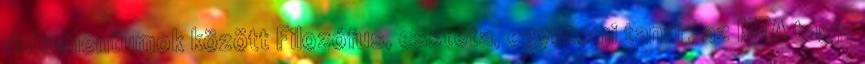
dokumentumok között Filozófus, esztéta, egyetemi tanár, az MTA tagja